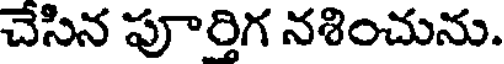
చేసిన పూర్తిగ నశించును.